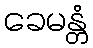
ခေမန္တံ